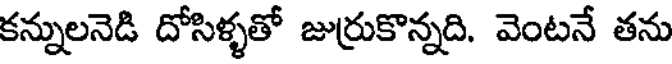
కన్నులనెడి దోసిళ్ళతో జుర్రుకొన్నది. వెంటనే తను